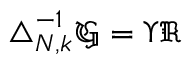
\begin{array} { r } { \triangle _ { N , k } ^ { - 1 } \mathfrak { G } = \Upsilon \mathfrak { R } } \end{array}